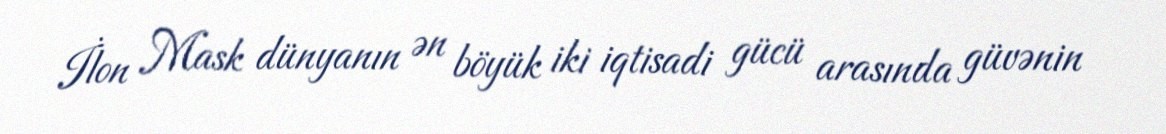
İlon Mask dünyanın ən böyük iki iqtisadi gücü arasında güvənin